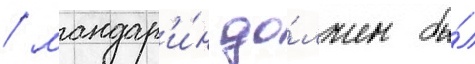
/ мандар'и́н до́лжен бы́л